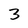
Character: 3